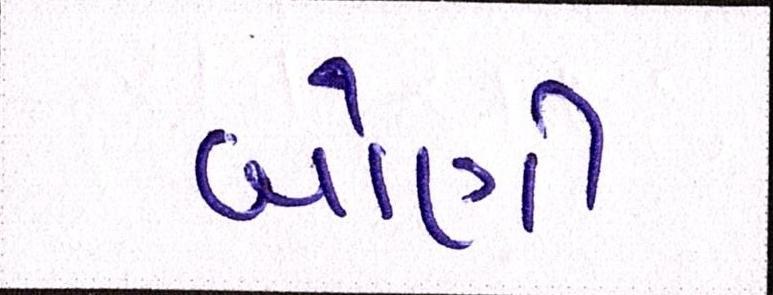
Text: બોણી